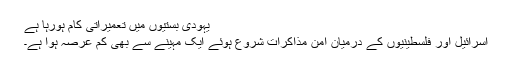
یہودی بستیوں میں تعمیراتی کام ہورہا ہے
اسرائیل اور فلسطینیوں کے درمیان امن مذاکرات شروع ہوئے ایک مہینے سے بھی کم عرصہ ہوا ہے۔